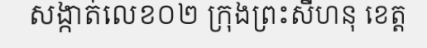
សង្កាត់លេខ០២ ក្រុងព្រះសីហនុ ខេត្ត